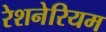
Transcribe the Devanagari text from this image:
रेशनेरियम